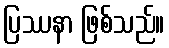
ပြဿနာ ဖြစ်သည်။